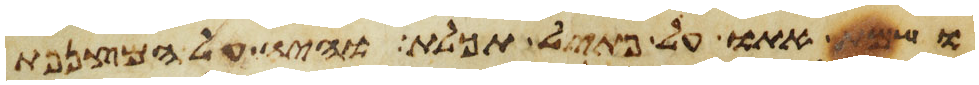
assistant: ושמת אתו על פתיל תכלת והיה על המצנפת